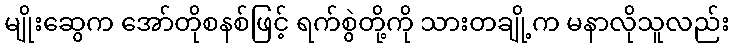
မျိုးဆွေက အော်တိုစနစ်ဖြင့် ရက်စွဲတို့ကို သားတချို့က မနာလိုသူလည်း